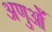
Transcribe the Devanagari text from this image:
अणुओँ